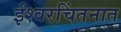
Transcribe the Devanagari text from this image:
ईश्वरचिंतनात